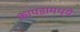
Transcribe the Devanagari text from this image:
कापडामध्ये